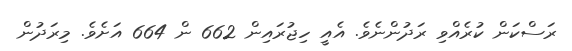
ރަސްކަން ކުރެއްވި ރަދުންނެވެ. އެއީ ހިޖުރައިން 662 ން 664 އަށެވެ. މިރަދުން